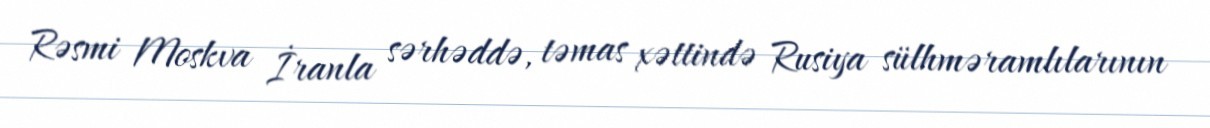
Rəsmi Moskva İranla sərhəddə, təmas xəttində Rusiya sülhməramlılarının